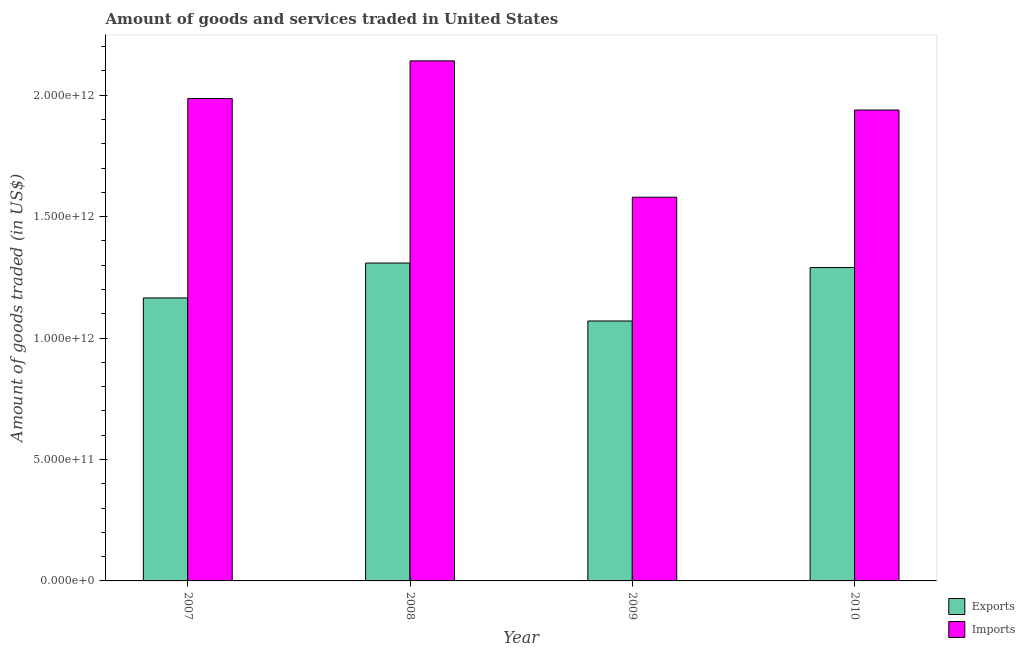
| Year | Exports | Imports |
 | --- | --- | --- |
 | 2007 | 1.17e+12 | 1.99e+12 |
 | 2008 | 1.31e+12 | 2.14e+12 |
 | 2009 | 1.07e+12 | 1.58e+12 |
 | 2010 | 1.29e+12 | 1.94e+12 |